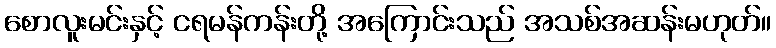
စောလူးမင်းနှင့် ငရမန်ကန်းတို့ အကြောင်းသည် အသစ်အဆန်းမဟုတ်။